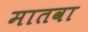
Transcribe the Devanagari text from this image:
मातवा